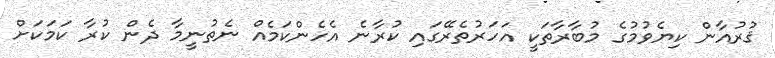
ޤުރުއާން ކިޔެވުމުގެ މުބާރާތަކީ އަހަރުތެރޭގައި ކުރާނެ އެހެންކަމެއް ނެތުނީމާ ދެން ކުރާ ކަމަކަށް